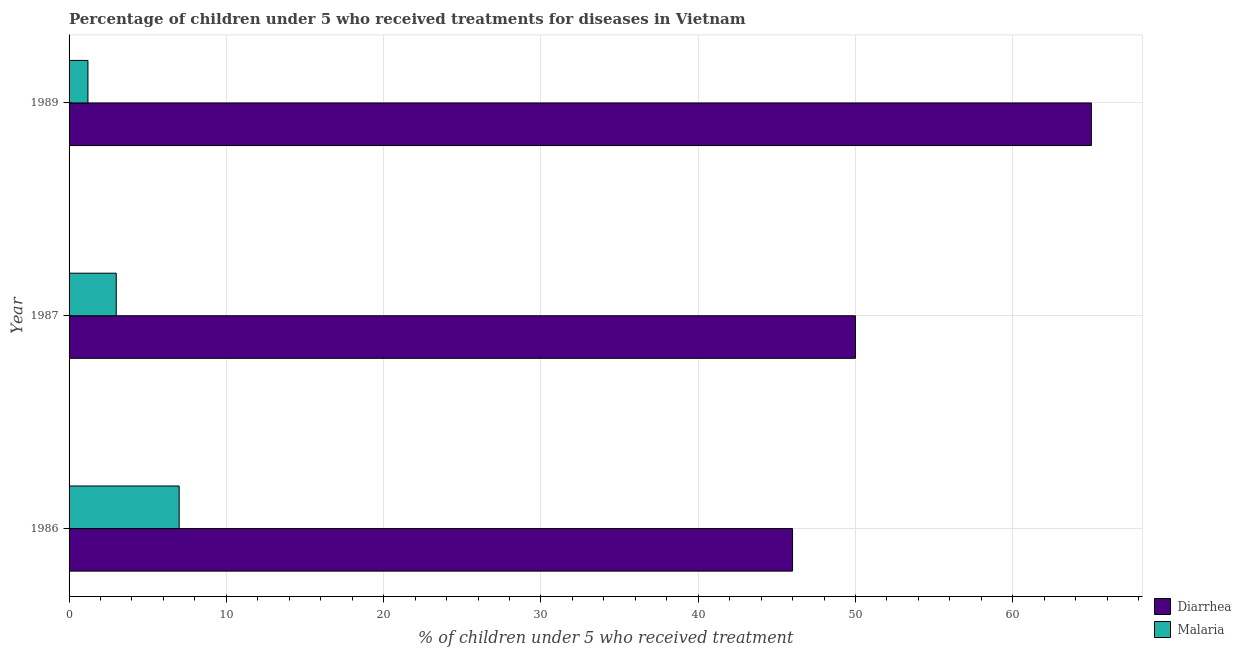
| Year | Diarrhea | Malaria |
 | --- | --- | --- |
 | 1986 | 46 | 7 |
 | 1987 | 50 | 3 |
 | 1989 | 65 | 1.2 |